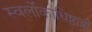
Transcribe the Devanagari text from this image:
स्वर्लोकाधिष्ठात्रीं